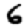
Digit: 6